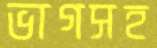
ভাগসহ